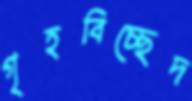
গৃহবিচ্ছেদ